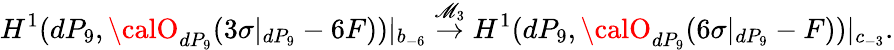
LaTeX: H^{1}(dP_{9},{\calO}_{dP_{9}}(3\sigma|_{dP_{9}}-6F))|_{b_{-6}}\stackrel{\mathscr{M}_{3}}{\rightarrow}H^{1}(dP_{9},{\calO}_{dP_{9}}(6\sigma|_{dP_{9}}-F))|_{c_{-3}}.